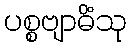
ပစ္စဗျာဓိံသု